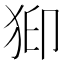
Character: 𱭹